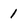
Character: 1